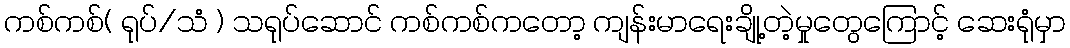
ကစ်ကစ်( ရုပ်/သံ ) သရုပ်ဆောင် ကစ်ကစ်ကတော့ ကျန်းမာရေးချို့တဲ့မှုတွေကြောင့် ဆေးရုံမှာ